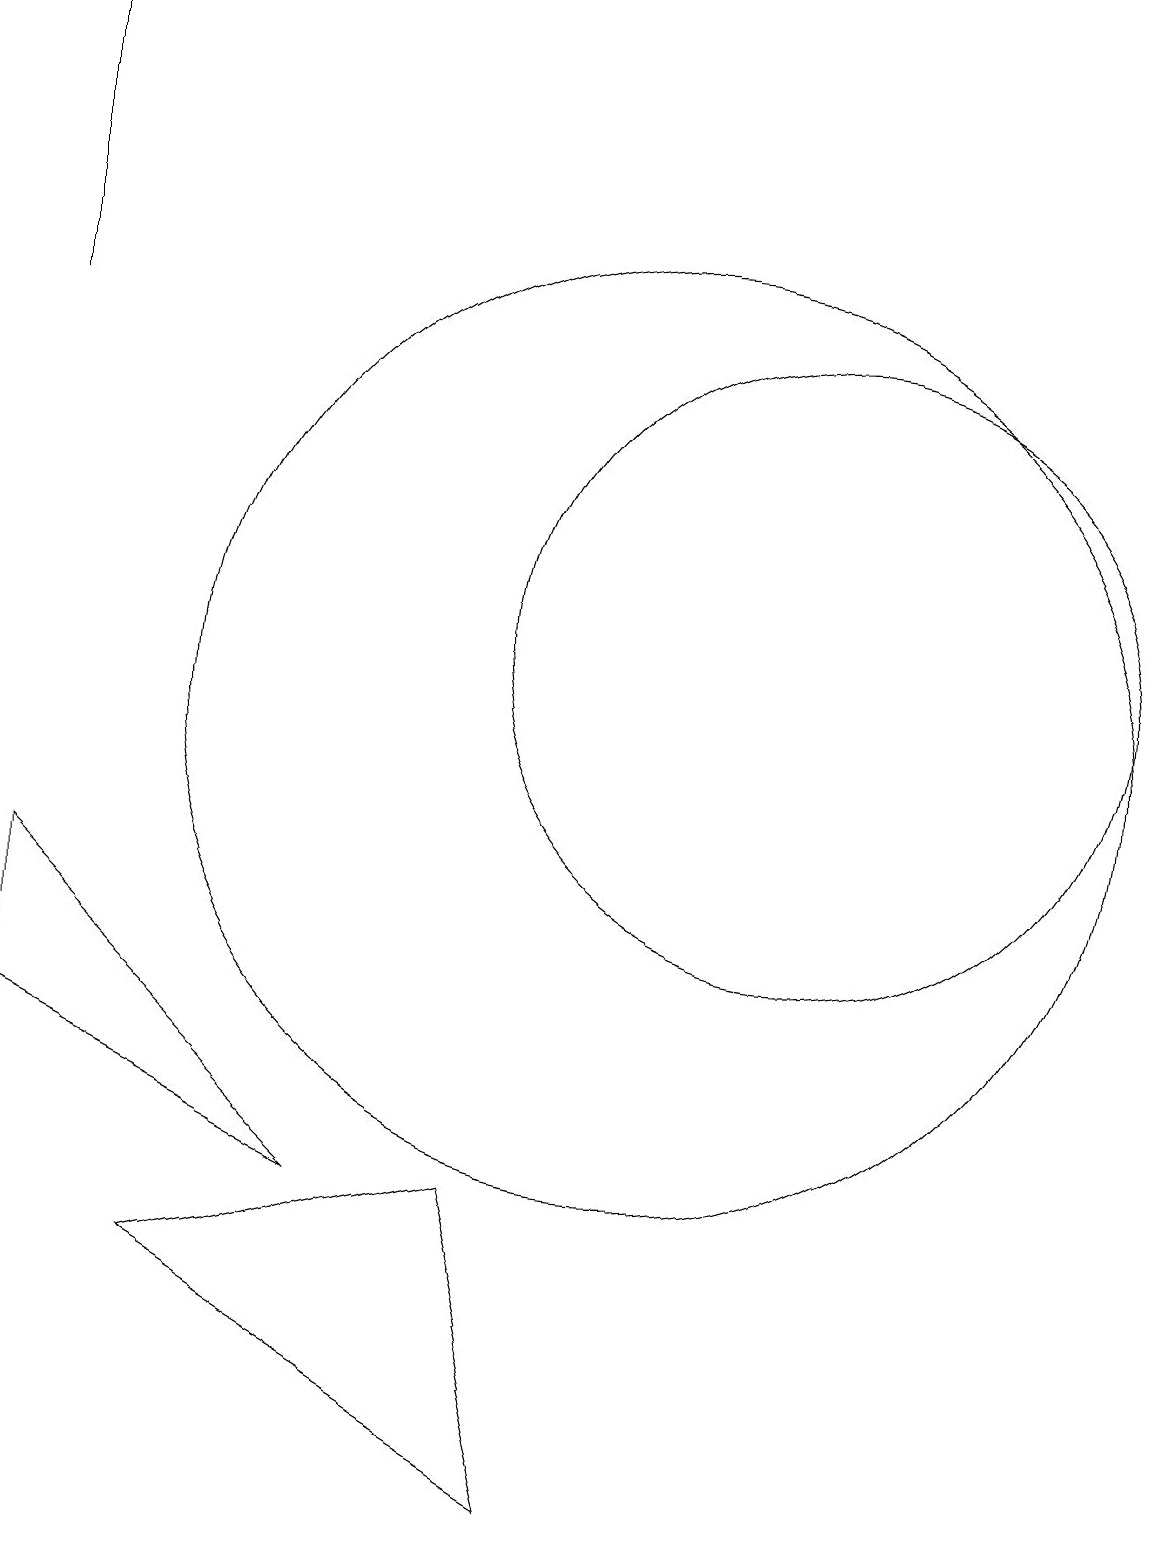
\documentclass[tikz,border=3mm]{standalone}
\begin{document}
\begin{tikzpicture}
\draw (12,11) circle (4);
\draw (2,8) -- (2,6) -- (6,4) -- cycle;
\draw[->] (2,15) -- (2,19);
\draw (4,3) -- (9,0) -- (8,4) -- cycle;
\draw (10,10) circle (6);
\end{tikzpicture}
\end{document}